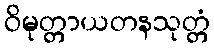
ဝိမုတ္တာယတနသုတ္တံ